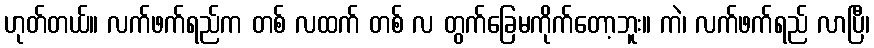
ဟုတ်တယ်။ လက်ဖက်ရည်က တစ် လထက် တစ် လ တွက်ခြေမကိုက်တော့ဘူး။ ကဲ၊ လက်ဖက်ရည် လာပြီ၊